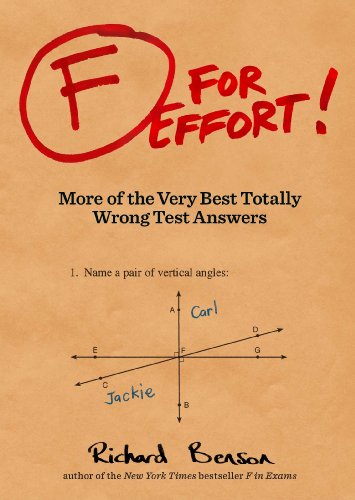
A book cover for F for Effort: More of the Very Best Totally Wrong Test Answers; Richard Benson; Literature & Fiction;